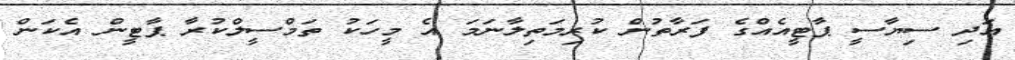
އަދި ސިޔާސީ ޕާޓީއެއްގެ ފަރާތުން ކުރިމަތިލާނަމަ އެ މީހަކު ތަމްސީލްކުރާ ޕާޓީން އެކަން